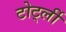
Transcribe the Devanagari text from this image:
टोर्ट्ली